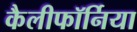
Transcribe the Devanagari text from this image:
कैलीफॉर्निया